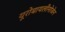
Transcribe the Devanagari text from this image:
यूरोबायलीनोजेन